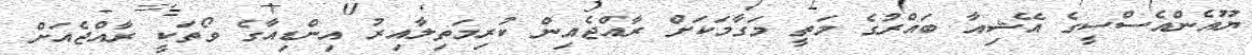
ޔޫއެންއެސްސީގެ އޭޝިއާ ބައްރުގެ މަތީ މަގާމަކަށް ރާއްޖެއިން ކުރިމަތިލާއިރު އިންޑިއާގެ ވޯތަކީ ރާއްޖެއަށް